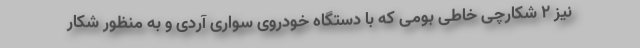
نیز ۲ شکارچی خاطی بومی که با دستگاه خودروی سواری آردی و به منظور شکار